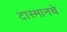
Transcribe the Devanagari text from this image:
टास्मानचे